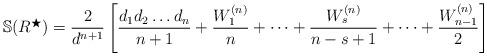
LaTeX: \begin{align*} \mathbb{S}(R^{\bigstar})=\frac{2}{d^{n+1}}\left[\frac{d_1d_2\dots d_n}{n+1} + \frac{W^{(n)}_1}{n}+\dots+\frac{W^{(n)}_s}{n-s+1}+\dots+\frac{W^{(n)}_{n-1}}{2}\right]\end{align*}